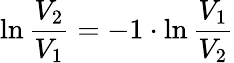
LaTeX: \ln{\frac{V_{2}}{V_{1}}}=-1\cdot\ln{\frac{V_{1}}{V_{2}}}